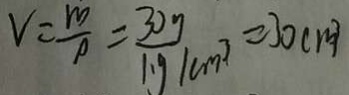
v = \frac { m } { \rho } = \frac { 3 0 g } { 1 \cdot g / m ^ { 3 } } = 3 0 c m ^ { 3 }